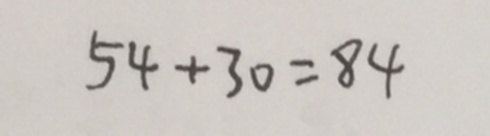
5 4 + 3 0 = 8 4